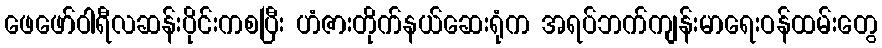
ဖေဖော်ဝါရီလဆန်းပိုင်းကစပြီး ဟံဇားတိုက်နယ်ဆေးရုံက အရပ်ဘက်ကျန်းမာရေးဝန်ထမ်းတွေ